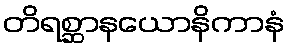
တိရစ္ဆာနယောနိကာနံ